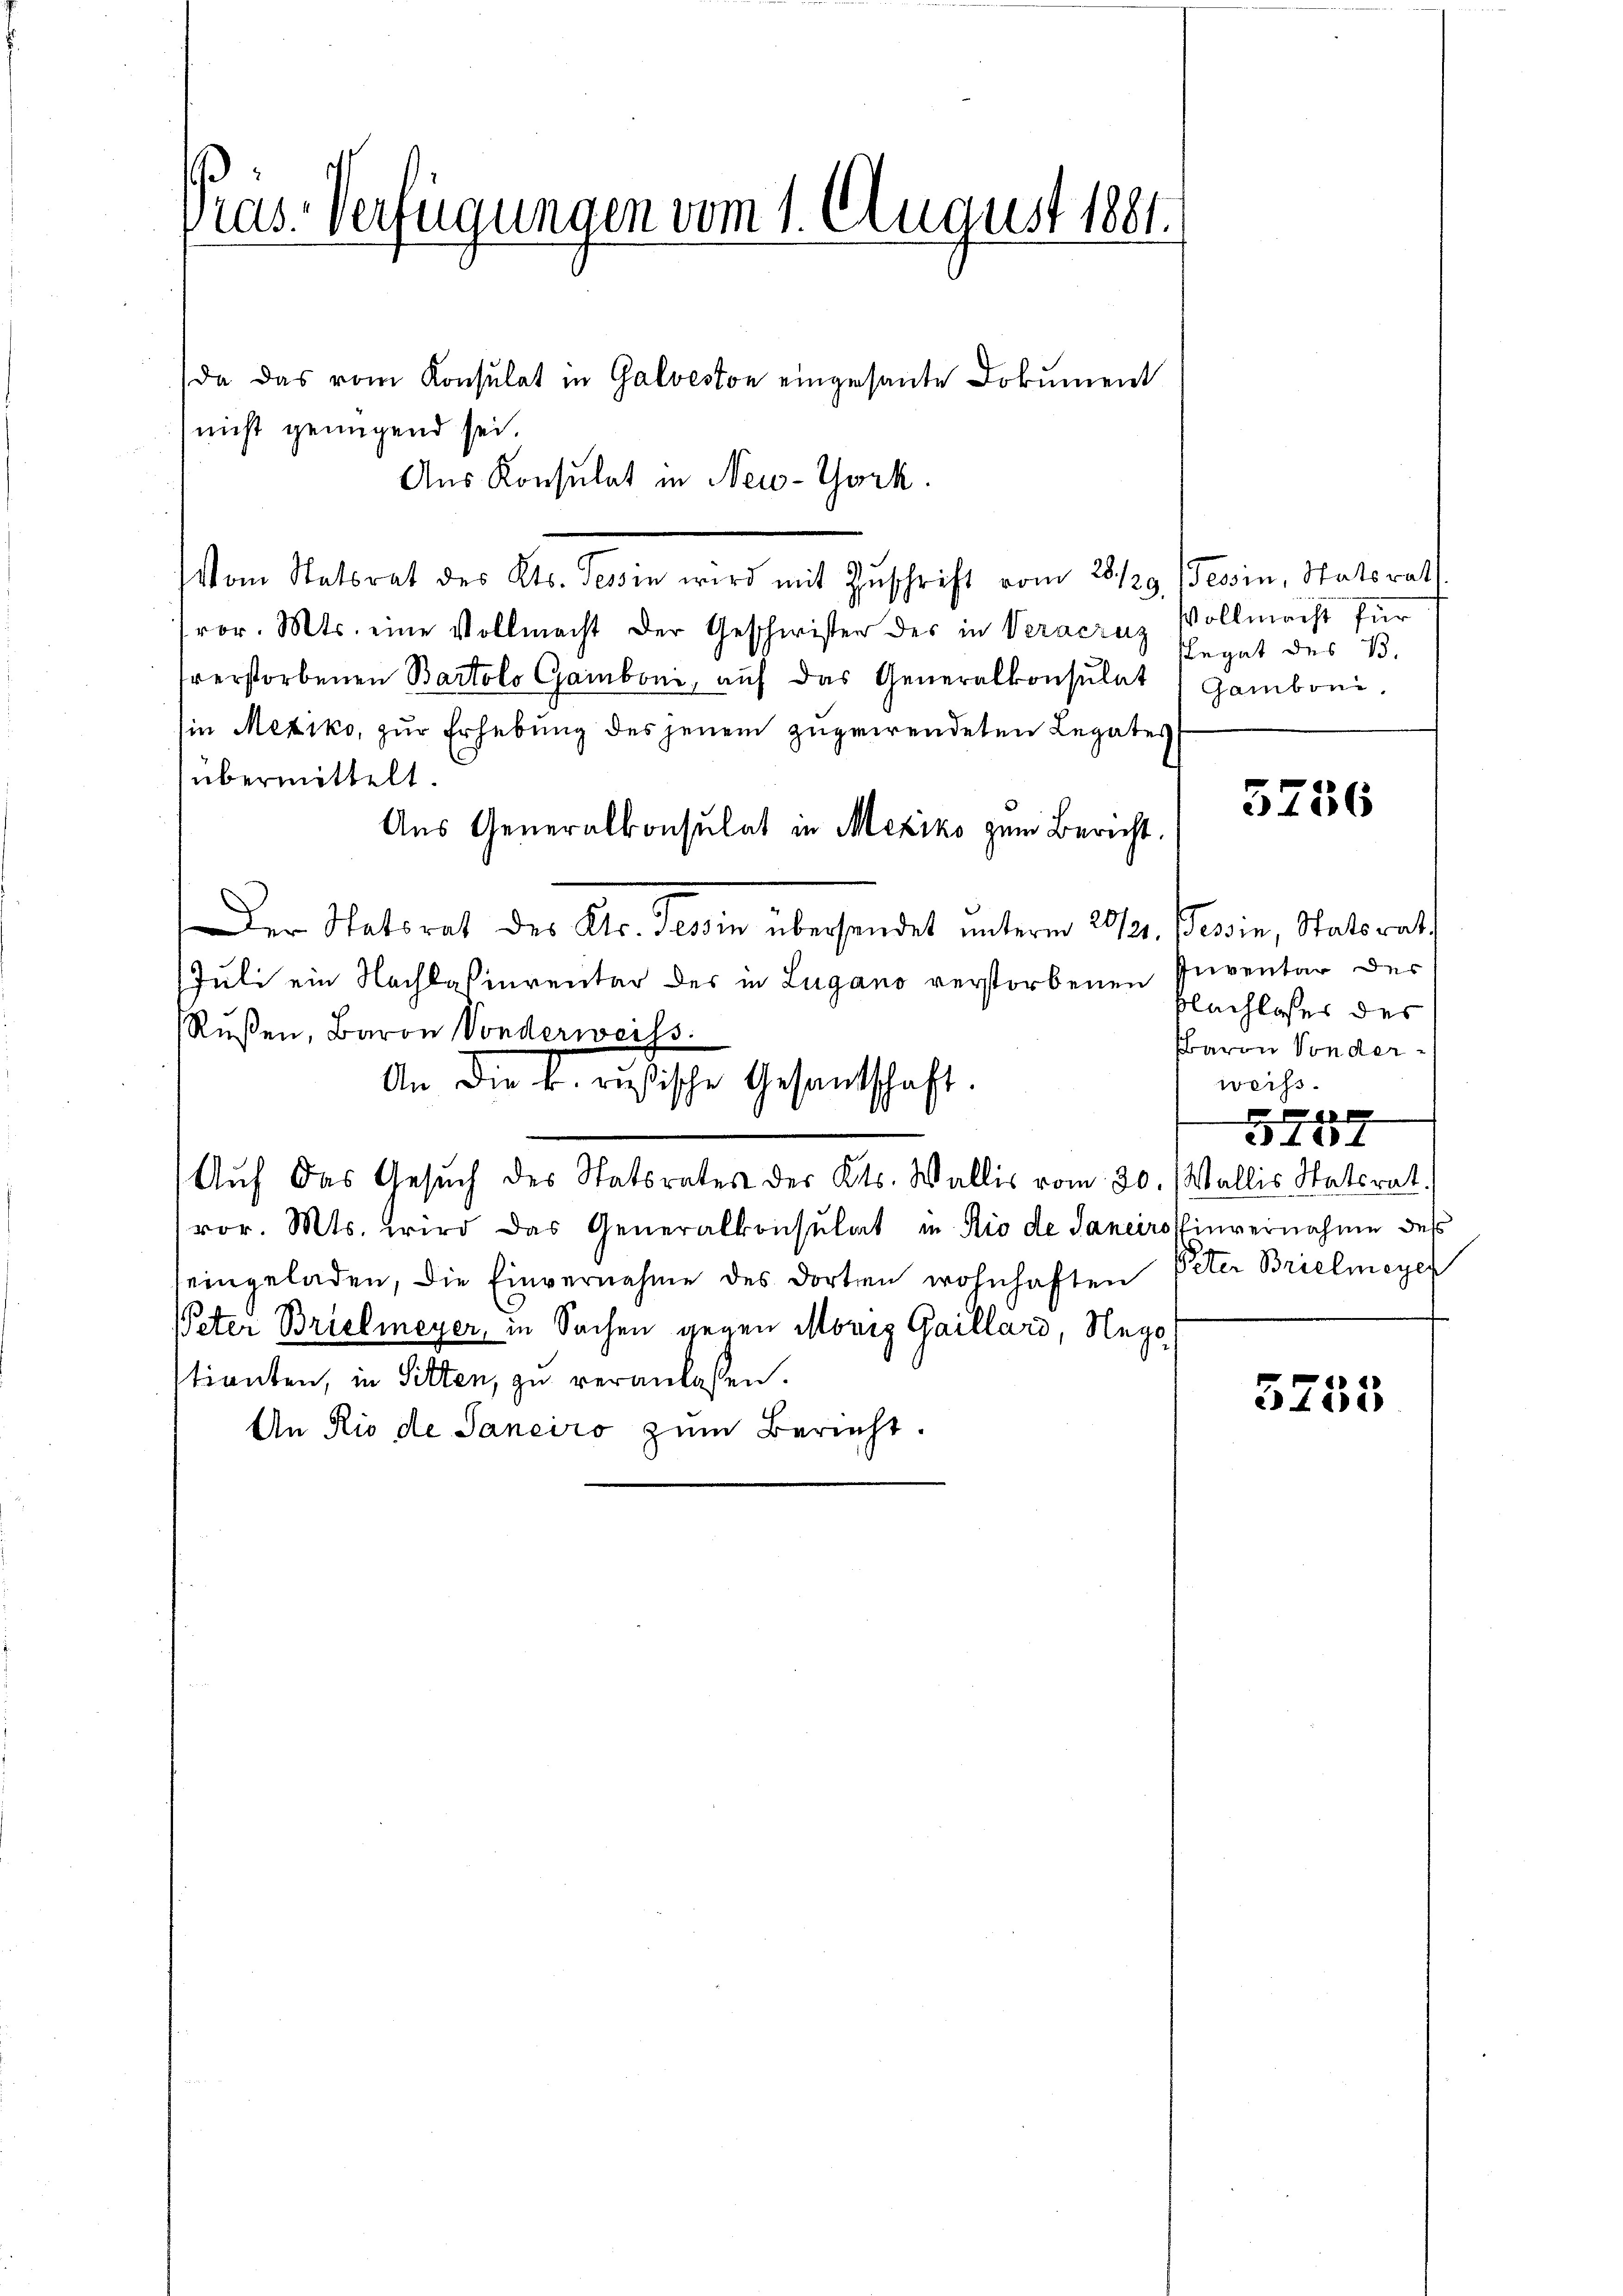
las. Verfügungen vom 1. August 1881.

da das vom Konsulat in Galveston eingesante Dokument
nicht genügend sei.
Aus Konsulat in New-York.
Vom Statsrat des Kts. Tessin wird mit Zŭschrift vom 28/29. /Tessin, Statsrath
vor. Mts. eine Vollmacht der Geschwisten des in Veraere Ehegat des B.
sverstorbenen Bartolo Gamboni, auf das Generalkonsulat
in Mexiko, zur Erhebung des jenem zugewendeten Legates
übermittelt.
Aus Generalkonsulat in Mexiko zum Bericht.
Der Natsrat des Kts. Sein übersendet unterm 20/3. Tessin, Statsrath
Juli ein Nachlassierenter des in Lugano verstorbenen
Rußen, Baron Sonderweiss.
An die k. russische Gesandtschaft.
Auf das Gesuch des Statsrates des Kts. Wallis vom 30. Wallis Materat
vor. Mts. wird das Generalkonsulat in Rio de Saneiro
seingeladen, die Einvernahme des dorten wohnhaften Peter Brielmeyer
Peter Brielmeyer, in Sachen gegen Moriz Gaillard, Nego
stianten, in Sitten, zu veranlaßen.
An Rio de Janeiro zum Bericht.

Vollmacht für
Gamboni,

5756

Inventar des
blachloses des
Baron Sonder-
weiss.
e
224) I
invernahme des

F
e